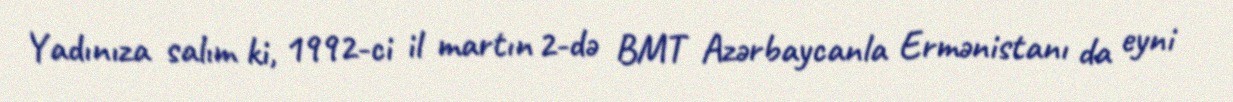
Yadınıza salım ki, 1992-ci il martın 2-də BMT Azərbaycanla Ermənistanı da eyni